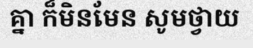
គ្នា ក៏មិនមែន សូមថ្វាយ